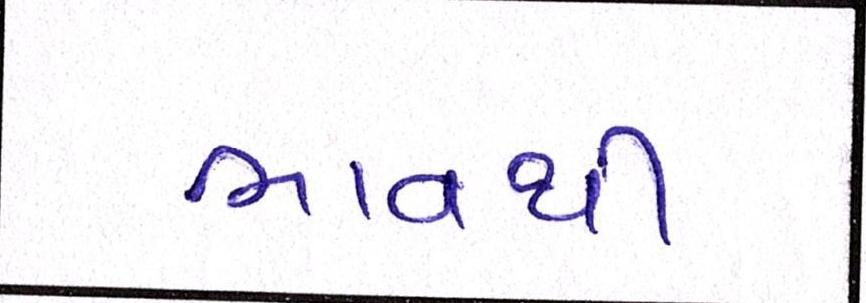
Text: ભાવથી